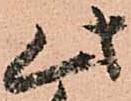
此